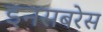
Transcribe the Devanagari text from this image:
इनसबरेस